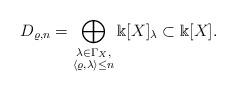
LaTeX: \begin{align*}D_{\varrho, n} = \bigoplus \limits_{\substack{\lambda \in \Gamma_X, \\ \langle \varrho, \lambda \rangle \le n}} \Bbbk[X]_\lambda \subset \Bbbk[X].\end{align*}